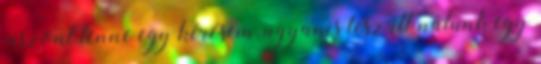
viszont lenne egy kérésem, ugyanis lesz itt nálunk egy